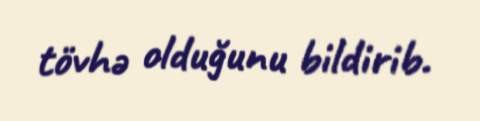
tövhə olduğunu bildirib.